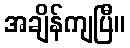
အချိန်ကျပြီ။